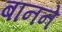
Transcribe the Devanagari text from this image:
बानने